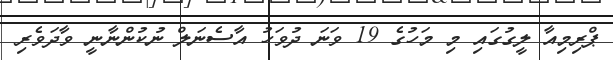
ޕްރިމިއާ ލީގުގައި މި މަހުގެ 19 ވަނަ ދުވަހު އާސެނަލް ނުކުންނާނީ ވާދަވެރި